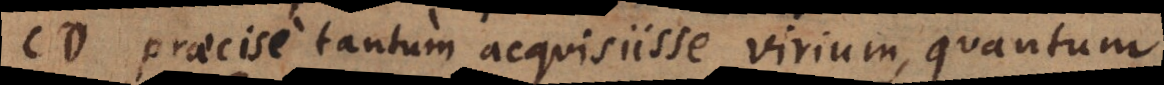
praecise tantum acquisivisse virium, quantum